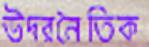
উদরনৈতিক